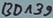
Text: BD139